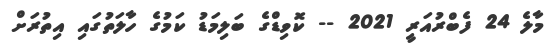
މާލެ 24 ފެބްރުއަރީ 2021 -- ކޮވިޑްގެ ބަލިމަޑު ކަމުގެ ހާލަތުގައި އިތުރަށް